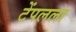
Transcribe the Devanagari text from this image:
टेंपलला